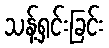
သန့်ရှင်းခြင်း